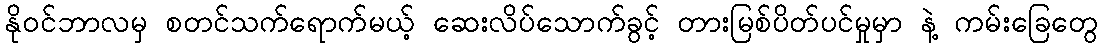
နိုဝင်ဘာလမှ စတင်သက်ရောက်မယ့် ဆေးလိပ်သောက်ခွင့် တားမြစ်ပိတ်ပင်မှုမှာ နဲ့ ကမ်းခြေတွေ